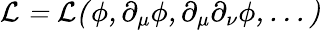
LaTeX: \cal L=\cal L(\phi,\partial_{\mu}\phi,\partial_{\mu}\partial_{\nu}\phi,...)